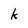
Character: k